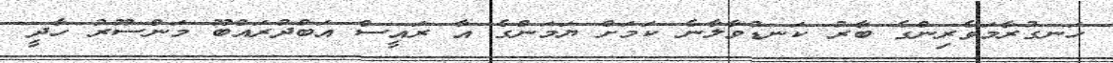
ހަނގުރާމަވެރިންގެ ބާރު ކަނޑުވާލާނެ ކަމަށް ޔަމަންގެ އާ ރައީސް އަބްދުރައްބޫ މަންސޫރު ހާދީ